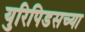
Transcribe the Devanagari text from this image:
युरिपिडसच्या